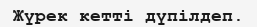
Жүрек кетті дүпілдеп.